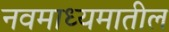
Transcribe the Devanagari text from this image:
नवमाध्यमातील